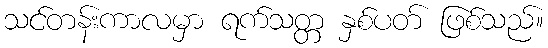
သင်တန်းကာလမှာ ရက်သတ္တ နှစ်ပတ် ဖြစ်သည်။